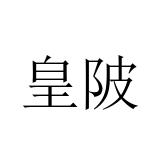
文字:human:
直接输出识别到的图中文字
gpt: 皇陂